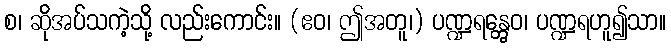
စ၊ ဆိုအပ်သကဲ့သို့ လည်းကောင်း။ (ဧဝ၊ ဤအတူ၊) ပဏ္ဍရန္တွေဝ၊ ပဏ္ဍရဟူ၍သာ။